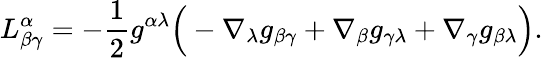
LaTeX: L_{\beta\gamma}^{\alpha}=-\frac{1}{2}g^{\alpha\lambda}\Big(-\nabla_{\lambda}g_{\beta\gamma}+\nabla_{\beta}g_{\gamma\lambda}+\nabla_{\gamma}g_{\beta\lambda}\Big).